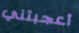
أعجبتني